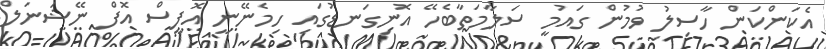
އެކަންކަން ހާސިލު ވުމުން ގައުމީ ސަލާމަތާބެހޭ އޮނިގަނޑުގައި ހިމެނޭނީ އޮފީސް އޮފް ނޭޝަނަލް